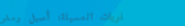
حلويات العسيلة: أصيل ومغر